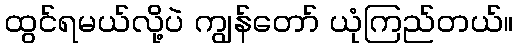
ထွင်ရမယ်လို့ပဲ ကျွန်တော် ယုံကြည်တယ်။